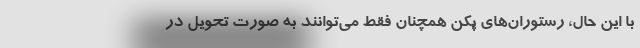
با این حال، رستوران‌های پکن همچنان فقط می‌توانند به صورت تحویل در